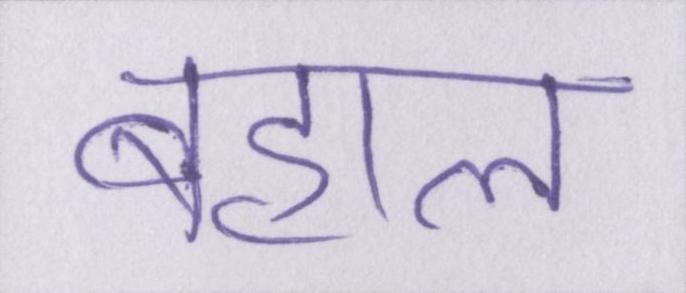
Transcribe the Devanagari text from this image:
बहाल